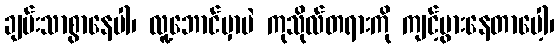
ချမ်းသာစွာနေပါ၊ လူ့ဘောင်မှာပဲ ကုသိုလ်တရားကို ကျင့်ပွားနေတာပေါ့၊